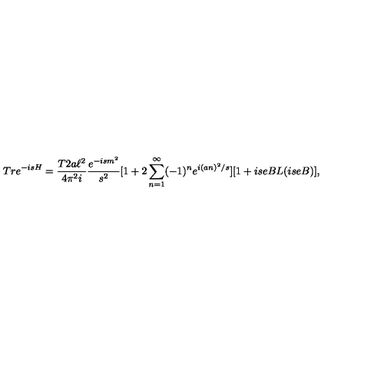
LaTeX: T r e ^ { - i s H } = { \frac { T 2 a \ell ^ { 2 } } { 4 \pi ^ { 2 } i } } { \frac { e ^ { - i s m ^ { 2 } } } { s ^ { 2 } } } [ 1 + 2 \sum _ { n = 1 } ^ { \infty } ( - 1 ) ^ { n } e ^ { i ( a n ) ^ { 2 } / s } ] [ 1 + i s e B L ( i s e B ) ] ,